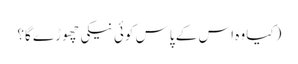
(کیا وہ اس کے پاس کوئی نیکی چھوڑے گا؟